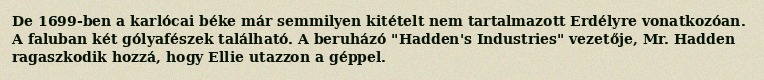
De 1699-ben a karlócai béke már semmilyen kitételt nem tartalmazott Erdélyre vonatkozóan. A faluban két gólyafészek található. A beruházó "Hadden's Industries" vezetője, Mr. Hadden ragaszkodik hozzá, hogy Ellie utazzon a géppel.